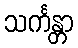
သင်္ကန္တာ